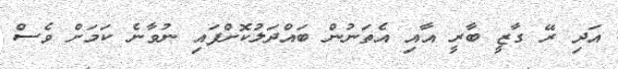
އަދި ރޭ ގާޒީ ބާރީ އާއި އެތަނުން ބައްދަލުކޮށްފައި ނުވާނެ ކަމަށް ވެސް